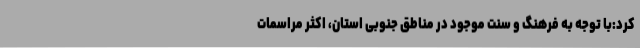
کرد:با توجه به فرهنگ و سنت موجود در مناطق جنوبی استان، اکثر مراسمات